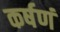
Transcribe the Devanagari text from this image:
कर्षणं